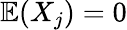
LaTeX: \mathbb{E}(X_{j})=0